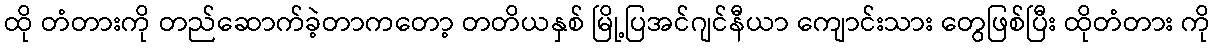
ထို တံတားကို တည်ဆောက်ခဲ့တာကတော့ တတိယနှစ် မြို့ပြအင်ဂျင်နီယာ ကျောင်းသား တွေဖြစ်ပြီး ထိုတံတား ကို